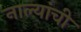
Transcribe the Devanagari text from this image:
नाल्यांची